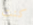
كنت